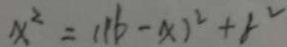
x ^ { 2 } = ( 1 6 - x ) ^ { 2 } + r ^ { 2 }